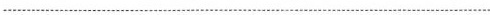
___